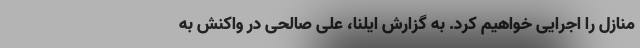
منازل را اجرایی خواهیم کرد. به گزارش ایلنا، علی صالحی در واکنش به